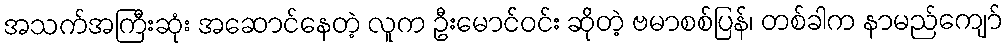
အသက်အကြီးဆုံး အဆောင်နေတဲ့ လူက ဦးမောင်ဝင်း ဆိုတဲ့ ဗမာစစ်ပြန်၊ တစ်ခါက နာမည်ကျော်